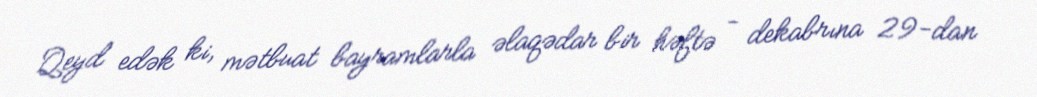
Qeyd edək ki, mətbuat bayramlarla əlaqədar bir həftə - dekabrına 29-dan